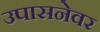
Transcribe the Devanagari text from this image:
उपासनेवर